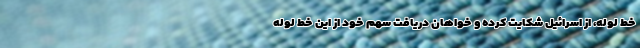
خط لوله، از اسرائیل شکایت کرده و خواهان دریافت سهم خود از این خط لوله